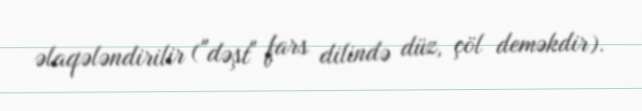
əlaqələndirilir ("dəşt" fars dilində düz, çöl deməkdir).